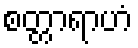
စတ္တာရာဟံ